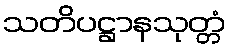
သတိပဋ္ဌာနသုတ္တံ